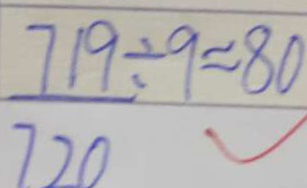
\frac { 7 1 9 } { 7 2 0 } \div 9 \approx 8 0